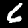
Digit: 6